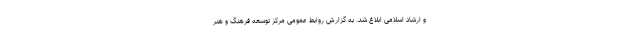
و ارشاد اسلامی ابلاغ شد. به گزارش روابط عمومی مرکز توسعه فرهنگ و هنر